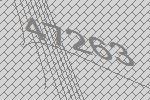
47263